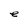
Character: e